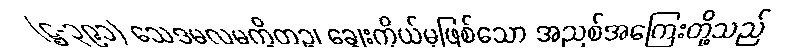
(ဋ္ဌ-၃၉၁) သေဒမလမက္ခိတဉ္စ၊ ချွေးကိုယ်မှဖြစ်သော အညစ်အကြေးတို့သည်